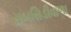
સબસિડીવાળા